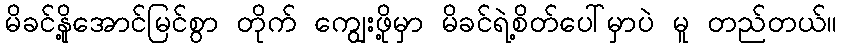
မိခင်နို့အောင်မြင်စွာ တိုက် ကျွေးဖို့မှာ မိခင်ရဲ့စိတ်ပေါ်မှာပဲ မူ တည်တယ်။